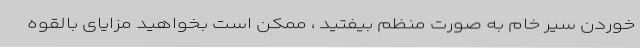
خوردن سیر خام به صورت منظم بیفتید ، ممکن است بخواهید مزایای بالقوه